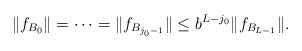
LaTeX: \begin{align*} \|f_{B_0}\|=\dots=\|f_{B_{j_0-1}}\|\le b^{L-j_0}\|f_{B_{L-1}}\|. \end{align*}